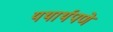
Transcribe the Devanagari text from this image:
यथार्थपणे